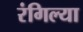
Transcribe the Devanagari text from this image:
रंगिल्या